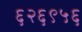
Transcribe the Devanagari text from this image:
६२६९५६